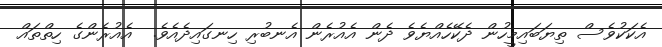
އެކަކުވެސް ތިޔަބައިމީހުން ދެކޭހެއްޔެވެ ދެން އެއުރެން އެނބުރި ހިނގައިދެއެވެ.  އެއުރެންގެ ހިތްތައް